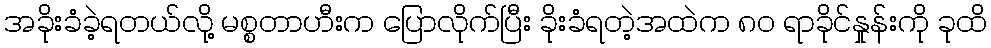
အခိုးခံခဲ့ရတယ်လို့ မစ္စတာဟီးက ပြောလိုက်ပြီး ခိုးခံရတဲ့အထဲက ၈၀ ရာခိုင်နှုန်းကို ခုထိ